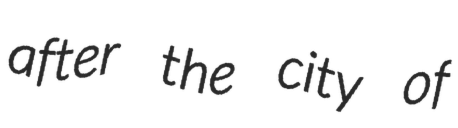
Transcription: after the city of